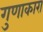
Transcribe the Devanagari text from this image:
गुणाकारा